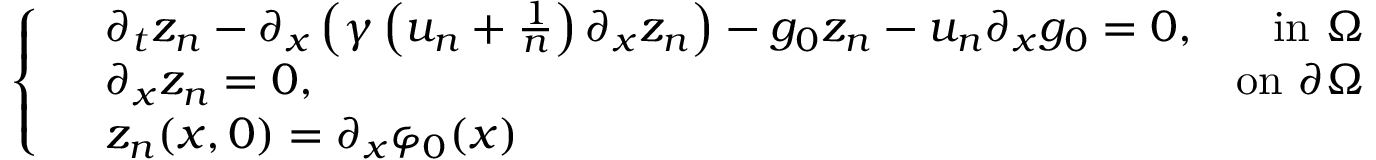
\left\{ \begin{array} { r l r } & { \partial _ { t } z _ { n } - \partial _ { x } \left( \gamma \left( u _ { n } + \frac { 1 } { n } \right) \partial _ { x } z _ { n } \right) - g _ { 0 } z _ { n } - u _ { n } \partial _ { x } g _ { 0 } = 0 , } & { \mathrm { i n ~ } \Omega } \\ & { \partial _ { x } z _ { n } = 0 , } & { \mathrm { o n ~ } \partial \Omega } \\ & { z _ { n } ( x , 0 ) = \partial _ { x } \varphi _ { 0 } ( x ) } \end{array} \right.